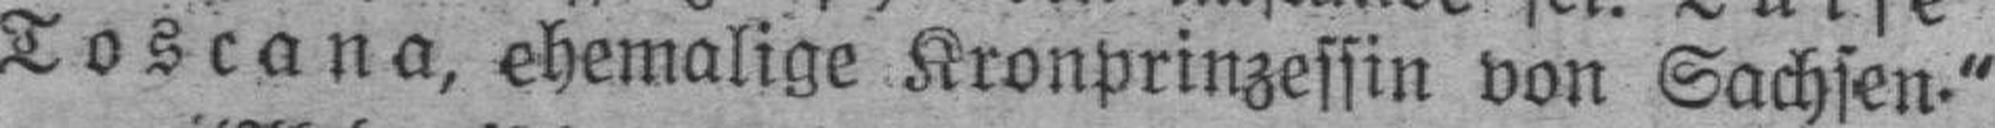
Toscana, ehemalige Kronprinzessin von Sachsen."